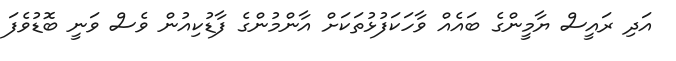
އަދި ރައީސް ޔާމީންގެ ބައެއް ވާހަކަފުޅުތަކަށް އާންމުންގެ ފާޑުކިއުން ވެސް ވަނީ ބޮޑުވެފަ